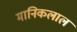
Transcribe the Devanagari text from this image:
मानिकलाल